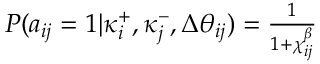
\begin{array} { r } { P ( a _ { i j } = 1 | \kappa _ { i } ^ { + } , \kappa _ { j } ^ { - } , \Delta \theta _ { i j } ) = \frac { 1 } { 1 + \chi _ { i j } ^ { \beta } } } \end{array}